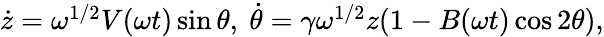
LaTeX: \begin{array}{r}{\dot{z}=\omega^{1/2}V(\omega t)\sin\theta,~\dot{\theta}=\gamma\omega^{1/2}z(1-B(\omega t)\cos 2\theta),}\end{array}